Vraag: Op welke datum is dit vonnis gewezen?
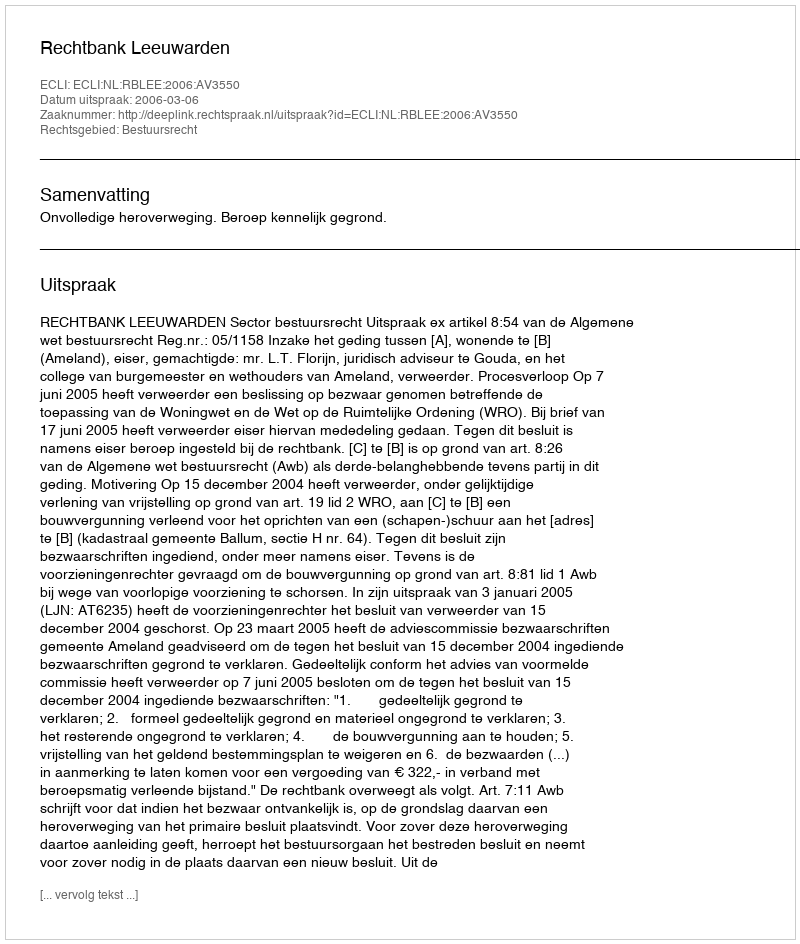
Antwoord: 2006-03-06